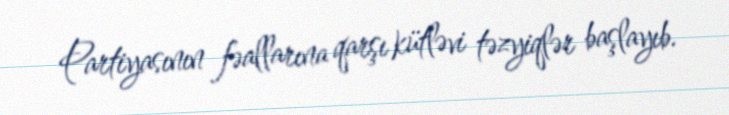
Partiyasının fəallarına qarşı kütləvi təzyiqlər başlayıb.